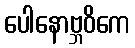
ပေါနောဗ္ဘဝိကေ